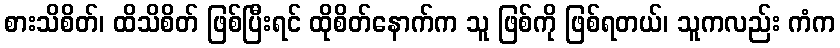
စားသိစိတ်၊ ထိသိစိတ် ဖြစ်ပြီးရင် ထိုစိတ်နောက်က သူ ဖြစ်ကို ဖြစ်ရတယ်၊ သူကလည်း ကံက